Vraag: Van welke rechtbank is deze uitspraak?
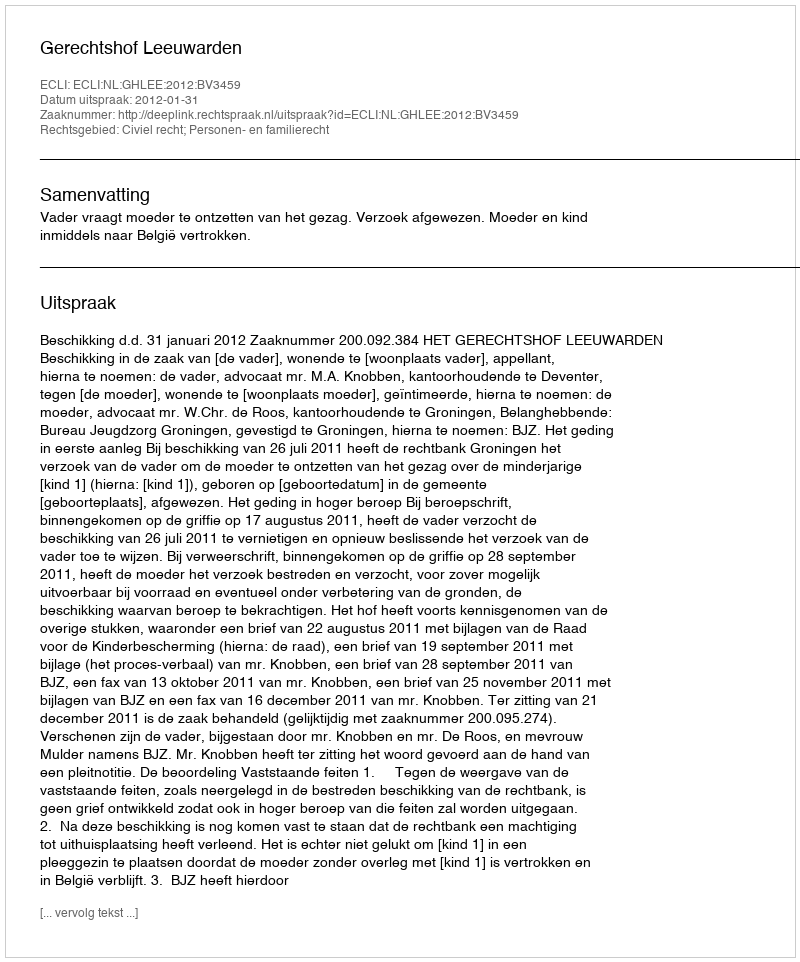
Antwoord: Gerechtshof Leeuwarden